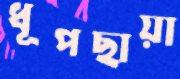
ধূপছায়া